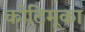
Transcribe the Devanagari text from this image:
कोठिमूका